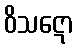
ဝိသဋော